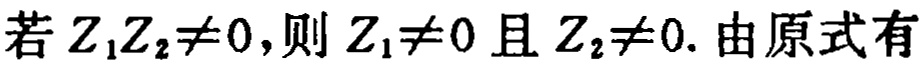
若 \(Z_1Z_2\neq0\)，则 \(Z_1\neq0\) 且 \(Z_2\neq0\). 由原式有